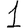
Digit: 1